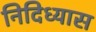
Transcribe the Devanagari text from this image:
निदिध्यास